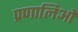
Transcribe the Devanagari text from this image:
प्रणालिओ